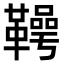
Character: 𮧪